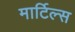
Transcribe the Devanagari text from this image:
मार्टिल्स